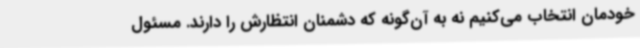
خودمان انتخاب می‌کنیم نه به آن‌گونه که دشمنان انتظارش را دارند. مسئول